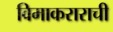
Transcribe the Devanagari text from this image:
विमाकराराची